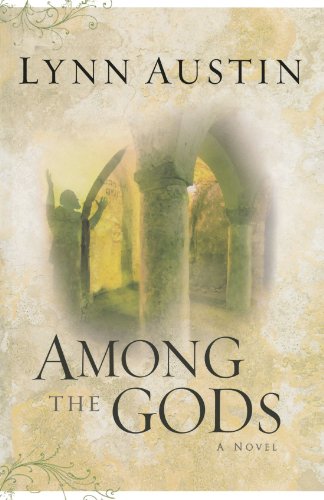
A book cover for Among the Gods (Chronicles of the Kings #5) (Volume 5); Lynn Austin; Literature & Fiction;